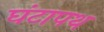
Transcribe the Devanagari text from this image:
घंटापथ